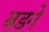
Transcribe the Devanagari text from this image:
बडने